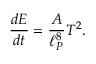
{ \frac { d E } { d t } } = \frac { A } { \ell _ { P } ^ { 8 } } T ^ { 2 } .